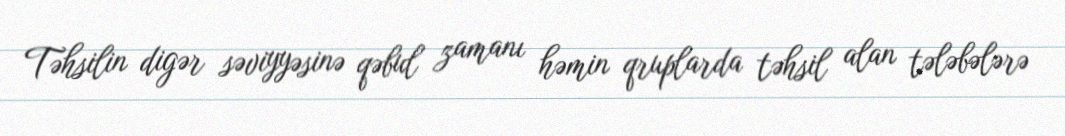
Təhsilin digər səviyyəsinə qəbul zamanı həmin qruplarda təhsil alan tələbələrə